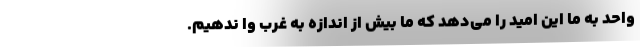
واحد به ما این امید را می‌دهد که ما بیش از اندازه به غرب وا ندهیم.